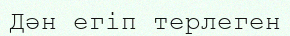
Дән егіп терлеген